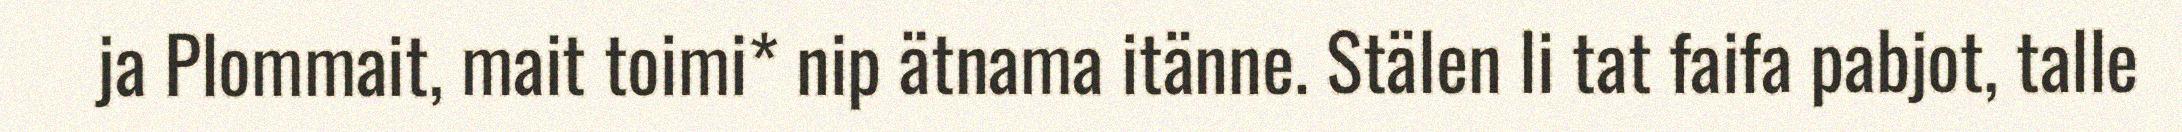
ja Plommait, mait toimi* nip ätnama itänne. Stälen li tat faifa pabjot, talle